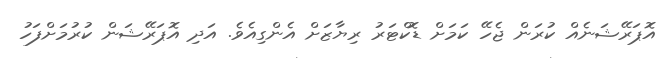
އޮޕަރޭޝަނެއް ކުރަން ޖެހޭ ކަމަށް ޑޮކްޓަރު ރިޔާޒަށް އެންގިއެވެ. އަދި އޮޕަރޭޝަން ކުރުމަށްފަހު